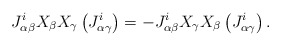
\begin{align*}J_{\alpha\beta}^{i}X_\beta X_\gamma\left(J_{\alpha\gamma}^{i}\right)=-J_{\alpha\beta}^{i}X_\gamma X_\beta\left(J_{\alpha\gamma}^{i}\right).\end{align*}